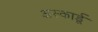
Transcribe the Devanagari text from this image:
अस्कार्डू